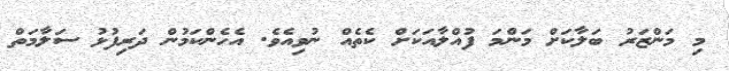
މި މަންޒަރު ބަލާކަށް މަންމަ ފުއްލާއަކަށް ކެތެއް ނުވިއެވެ. އެހެންކަމުން ދަރިފުޅު ސަލާމަތް